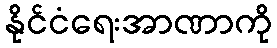
နိုင်ငံရေးအာဏာကို